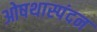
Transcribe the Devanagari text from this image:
ओषथास्पंदन